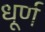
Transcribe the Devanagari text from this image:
धूर्ण